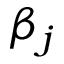
\beta _ { j }